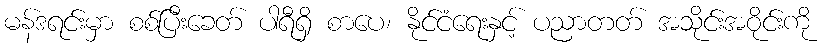
မန်ဒရင်းမှာ စစ်ပြီးခေတ် ပါရီရှိ စာပေ၊ နိုင်ငံရေးနှင့် ပညာတတ် အသိုင်းအဝိုင်းကို